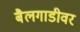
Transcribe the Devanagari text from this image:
बैलगाडीवर